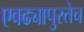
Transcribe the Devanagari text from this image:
एवढ्यापुरतेच